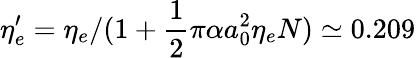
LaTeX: \eta_{e}^{\prime}=\eta_{e}/(1+\frac{1}{2}\pi\alpha a_{0}^{2}\eta_{e}N)\simeq 0.209